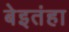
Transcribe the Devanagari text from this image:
बेइतंहा